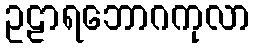
ဥဠာရဘောဂကုလာ